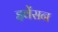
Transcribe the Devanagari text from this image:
इवेंसन